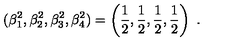
( \beta _ { 1 } ^ { 2 } , \beta _ { 2 } ^ { 2 } , \beta _ { 3 } ^ { 2 } , \beta _ { 4 } ^ { 2 } ) = \left( \frac { 1 } { 2 } , \frac { 1 } { 2 } , \frac { 1 } { 2 } , \frac { 1 } { 2 } \right) \ .